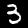
Label: 3